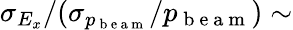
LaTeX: \sigma_{E_{x}}/(\sigma_{p_{\mathrm{~b~e~a~m~}}}/p_{\mathrm{~b~e~a~m~}})\sim